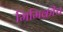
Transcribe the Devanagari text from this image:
मिमिक्रीच